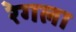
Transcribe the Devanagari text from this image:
रेगला